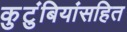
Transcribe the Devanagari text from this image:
कुटुंबियांसहित